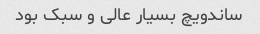
ساندویچ بسیار عالی و سبک بود